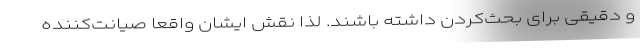
و دقیقی برای بحث‌کردن داشته باشند. لذا نقش ایشان واقعاً صیانت‌کننده